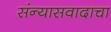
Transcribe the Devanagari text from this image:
संन्यासवादाचा